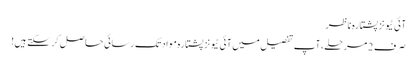
آئی ٹیونز پشتارہ ناظر
صرف 2 مرحلے، آپ تفصیل میں آئی ٹیونز پشتارہ مواد تک رسائی حاصل کر سکتے ہیں!